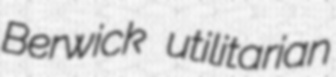
Berwick utilitarian